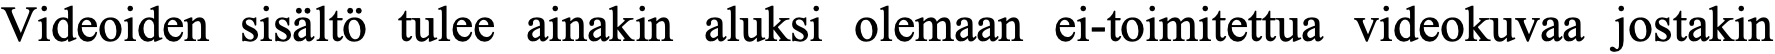
Videoiden sisältö tulee ainakin aluksi olemaan ei-toimitettua videokuvaa jostakin